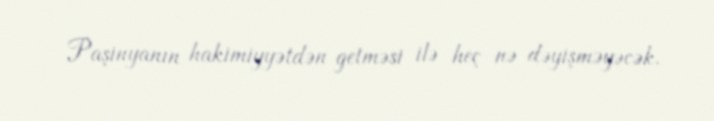
Paşinyanın hakimiyyətdən getməsi ilə heç nə dəyişməyəcək.